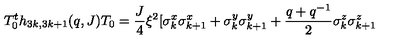
T _ { 0 } ^ { t } h _ { 3 k , 3 k + 1 } ( q , J ) T _ { 0 } = \frac { J } { 4 } \xi ^ { 2 } [ \sigma _ { k } ^ { x } \sigma _ { k + 1 } ^ { x } + \sigma _ { k } ^ { y } \sigma _ { k + 1 } ^ { y } + \frac { q + q ^ { - 1 } } { 2 } \sigma _ { k } ^ { z } \sigma _ { k + 1 } ^ { z }